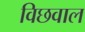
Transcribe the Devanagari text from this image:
विछवाल